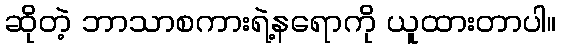
ဆိုတဲ့ ဘာသာစကားရဲ့နရောကို ယူထားတာပါ။